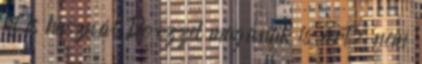
ki is használ De ezzel magának is árt, nem